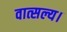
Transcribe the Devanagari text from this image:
वात्सल्य।